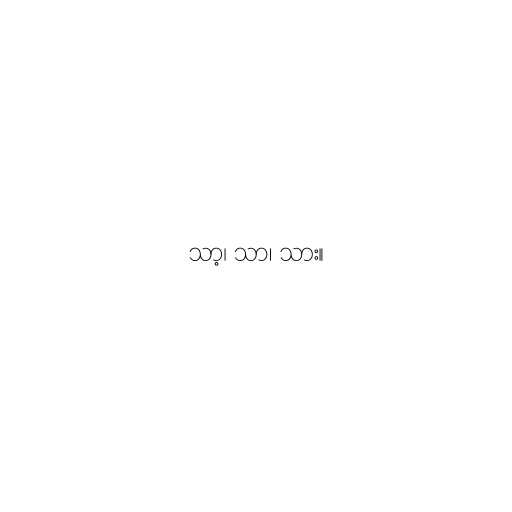
သာ့၊ သာ၊ သား။